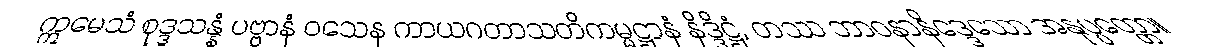
ဣမေသံ စုဒ္ဒသန္နံ ပဗ္ဗာနံ ဝသေန ကာယဂတာသတိကမ္မဋ္ဌာနံ နိဒ္ဒိဋ္ဌံ, တဿ ဘာဝနာနိဒ္ဒေသော အနုပ္ပတ္တော။